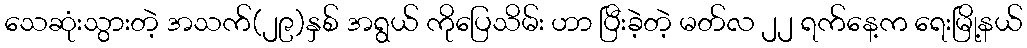
သေဆုံးသွားတဲ့ အသက်(၂၉)နှစ် အရွယ် ကိုပြေသိမ်း ဟာ ပြီးခဲ့တဲ့ မတ်လ ၂၂ ရက်နေ့က ရေးမြို့နယ်